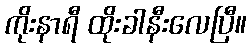
ကိုးနာရီ ထိုးခါနီးလေပြီ။